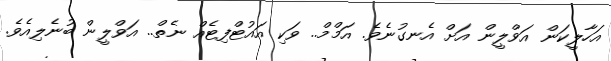
އަހާލީކަން އަވްލީން އަށް އެނގުނެވެ. އަމްމް.. ވަކި އައުޓްފިޓެއް ނެތް.. އަވްލީން ބުނެލިއެވެ.